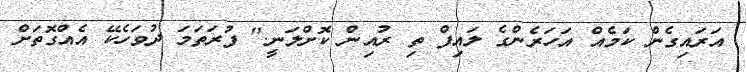
އަރައިގެން ކަމެއް އަހަރެންގެ ލައިފް ތި ރުއިން ކޮށްލަނީ." ފުރަތަމަ ދުވަހެކޭ އެއްގޮތަށް